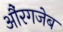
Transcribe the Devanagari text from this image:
औंरगजेब